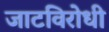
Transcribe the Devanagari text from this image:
जाटविरोधी